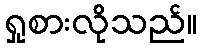
ရှုစားလိုသည်။